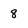
Character: 8